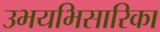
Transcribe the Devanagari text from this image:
उभयभिसारिका